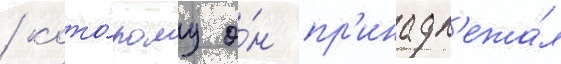
/ кото́рому о́н пр'инадл'ежа́л